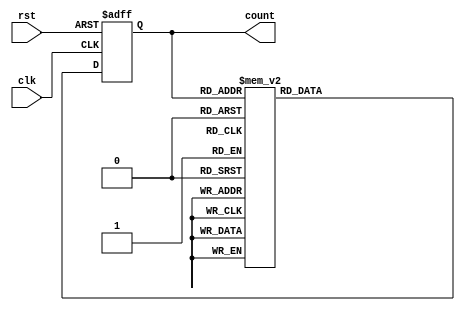
module gray_counter_divider (
    input clk,
    input rst,
    output reg [3:0] count
);

reg [3:0] gray_count;
reg [3:0] next_gray_count;

always @(posedge clk or posedge rst) begin
    if (rst) begin
        gray_count <= 4'b0000;
    end else begin
        gray_count <= next_gray_count;
    end
end

always @* begin
    case (gray_count)
        4'b0000: next_gray_count = 4'b0001;
        4'b0001: next_gray_count = 4'b0011;
        4'b0011: next_gray_count = 4'b0010;
        4'b0010: next_gray_count = 4'b0110;
        4'b0110: next_gray_count = 4'b0111;
        4'b0111: next_gray_count = 4'b0101;
        4'b0101: next_gray_count = 4'b0100;
        4'b0100: next_gray_count = 4'b1100;
        4'b1100: next_gray_count = 4'b1101;
        4'b1101: next_gray_count = 4'b1111;
        4'b1111: next_gray_count = 4'b1110;
        4'b1110: next_gray_count = 4'b1010;
        4'b1010: next_gray_count = 4'b1011;
        4'b1011: next_gray_count = 4'b1001;
        4'b1001: next_gray_count = 4'b1000;
        4'b1000: next_gray_count = 4'b0000;
    endcase
end

assign count = gray_count;

endmodule